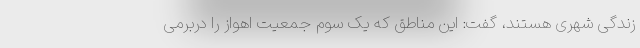
زندگی شهری هستند، گفت: این مناطق که یک سوم جمعیت اهواز را دربرمی‌